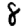
Digit: 8